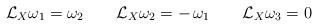
LaTeX: \begin{align*} \mathcal{L}_X \omega_1 = \omega_2\qquad\mathcal{L}_X \omega_2 = - \, \omega_1\qquad\mathcal{L}_X \omega_3 = 0\end{align*}